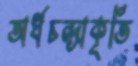
অর্ধচন্দ্রাকৃতি